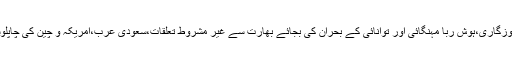
دہشت گردی،بے روزگاری،ہوش رُبا مہنگائی اور توانائی کے بحران کی بجائے بھارت سے غیر مشروط تعلقات،سعودی عرب،امریکہ و چین کی چاپلوسیاں نظر آرہی ہیں۔